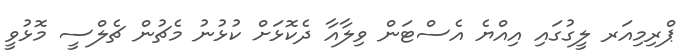
ޕްރިމިއަރ ލީގުގައި އިއްޔެ އެސްޓަން ވިލާއާ ދެކޮޅަށް ކުޅުނު މެޗުން ޗެލްސީ މޮޅުވީ